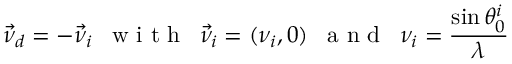
\vec { \nu } _ { d } = - \vec { \nu } _ { i } \enskip \mathrm { ~ w ~ i ~ t ~ h ~ } \enskip \vec { \nu } _ { i } = ( \nu _ { i } , 0 ) \enskip \mathrm { ~ a ~ n ~ d ~ } \enskip \nu _ { i } = \frac { \sin \theta _ { 0 } ^ { i } } { \lambda }